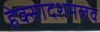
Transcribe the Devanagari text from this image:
हेक्सादशमलव